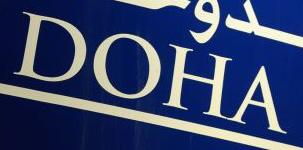
doha